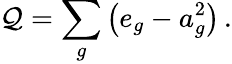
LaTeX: \mathcal{Q}=\sum_{g}\left(e_{g}-a_{g}^{2}\right)\, .